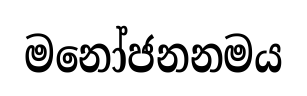
මනෝජනනමය